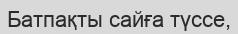
Батпақты сайға түссе,